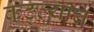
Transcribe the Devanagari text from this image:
कुठ्ल्याच